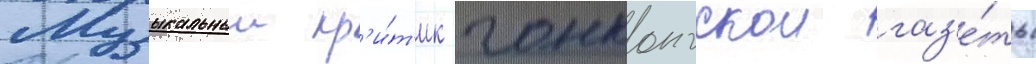
Музыкальныи кр'и́т'ик гонконгскои газ'е́ты